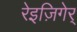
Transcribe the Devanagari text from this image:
रेइज़िगेर्